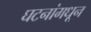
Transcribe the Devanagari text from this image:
घटनांमधून